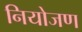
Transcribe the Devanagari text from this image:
नियोजण